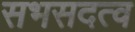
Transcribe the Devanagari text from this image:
सभसदत्व